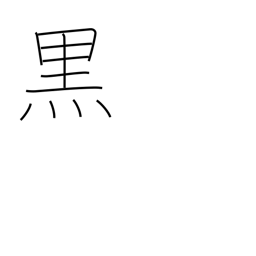
Meaning: black